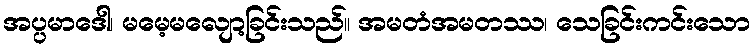
အပ္ပမာဒေါ၊ မမေ့မလျော့ခြင်းသည်။ အမတံအမတဿ၊ သေခြင်းကင်းသော